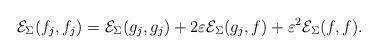
LaTeX: \begin{align*}\mathcal{E}_{\Sigma}(f_j,f_j) = \mathcal{E}_{\Sigma}(g_j,g_j) + 2 \varepsilon \mathcal{E}_{\Sigma}(g_j,f) + \varepsilon^2 \mathcal{E}_{\Sigma}(f,f).\end{align*}